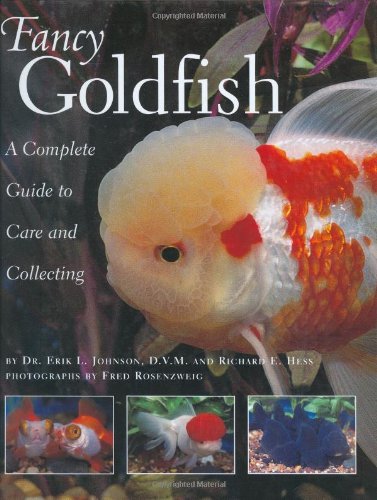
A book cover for Fancy Goldfish: Complete Guide To Care And Collecting; Erik L. Johnson; Crafts, Hobbies & Home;